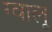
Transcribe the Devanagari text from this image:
ग्वालू